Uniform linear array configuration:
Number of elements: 24
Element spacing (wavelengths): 1
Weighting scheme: kaiser
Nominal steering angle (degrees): -60
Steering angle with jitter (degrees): -61.536
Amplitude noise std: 0.05
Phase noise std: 0.05

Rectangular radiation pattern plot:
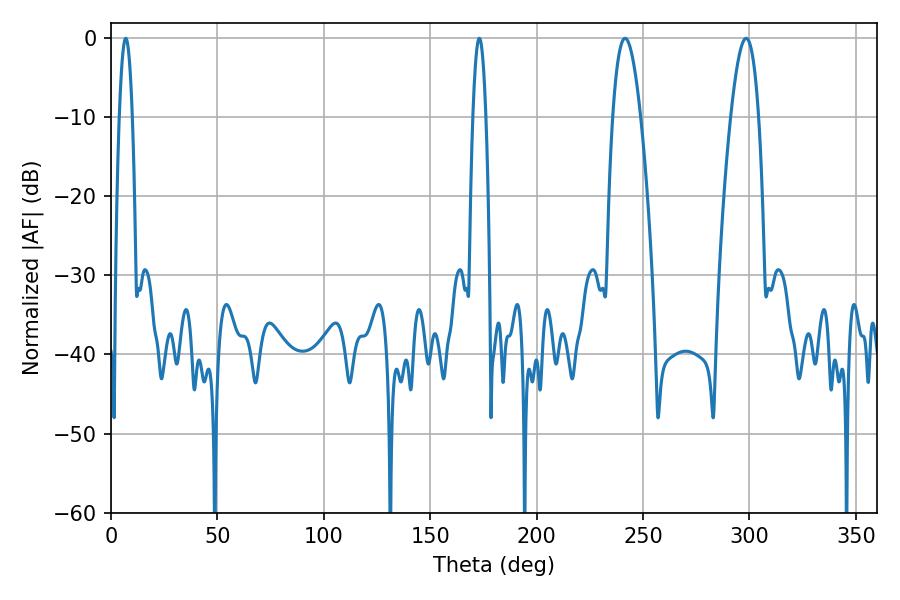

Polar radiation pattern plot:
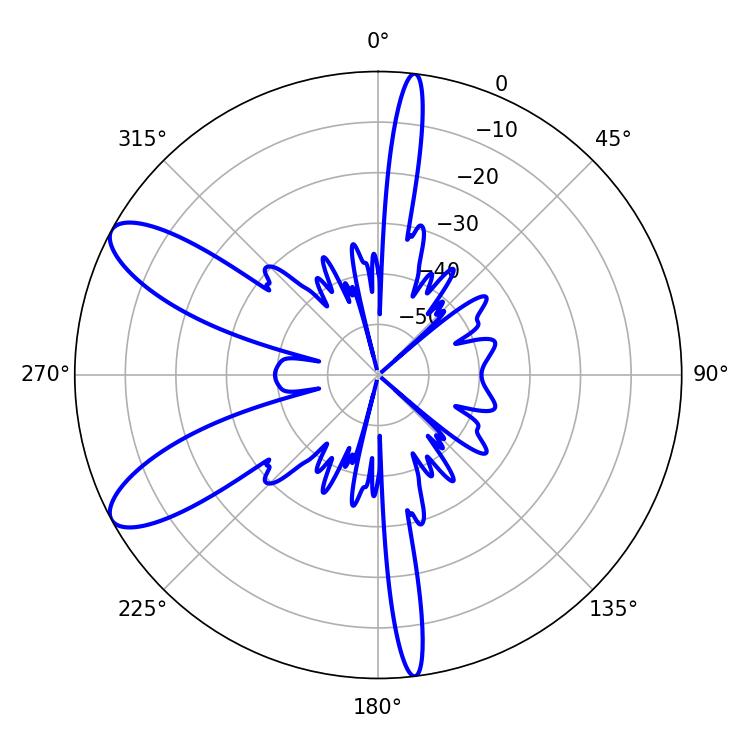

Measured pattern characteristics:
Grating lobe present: TRUE
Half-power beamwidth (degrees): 7.2
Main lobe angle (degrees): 241.56